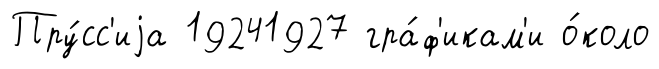
Пру́сс'иjа 19241927 гра́ф'икам'и о́коло